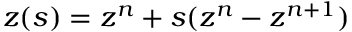
z ( s ) = z ^ { n } + s ( z ^ { n } - z ^ { n + 1 } )